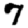
Digit: 7